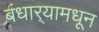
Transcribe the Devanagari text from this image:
बंधार्‍यामधून